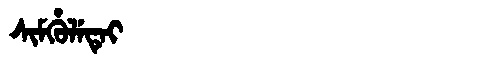
Manchu: ᠰᡳᠮᡥᡠᠯᡝᡨᡝᡳ
Romanization: SIMHULETEI